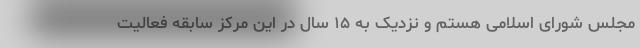
مجلس شورای اسلامی هستم و نزدیک به ۱۵ سال در این مرکز سابقه فعالیت